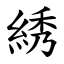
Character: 綉